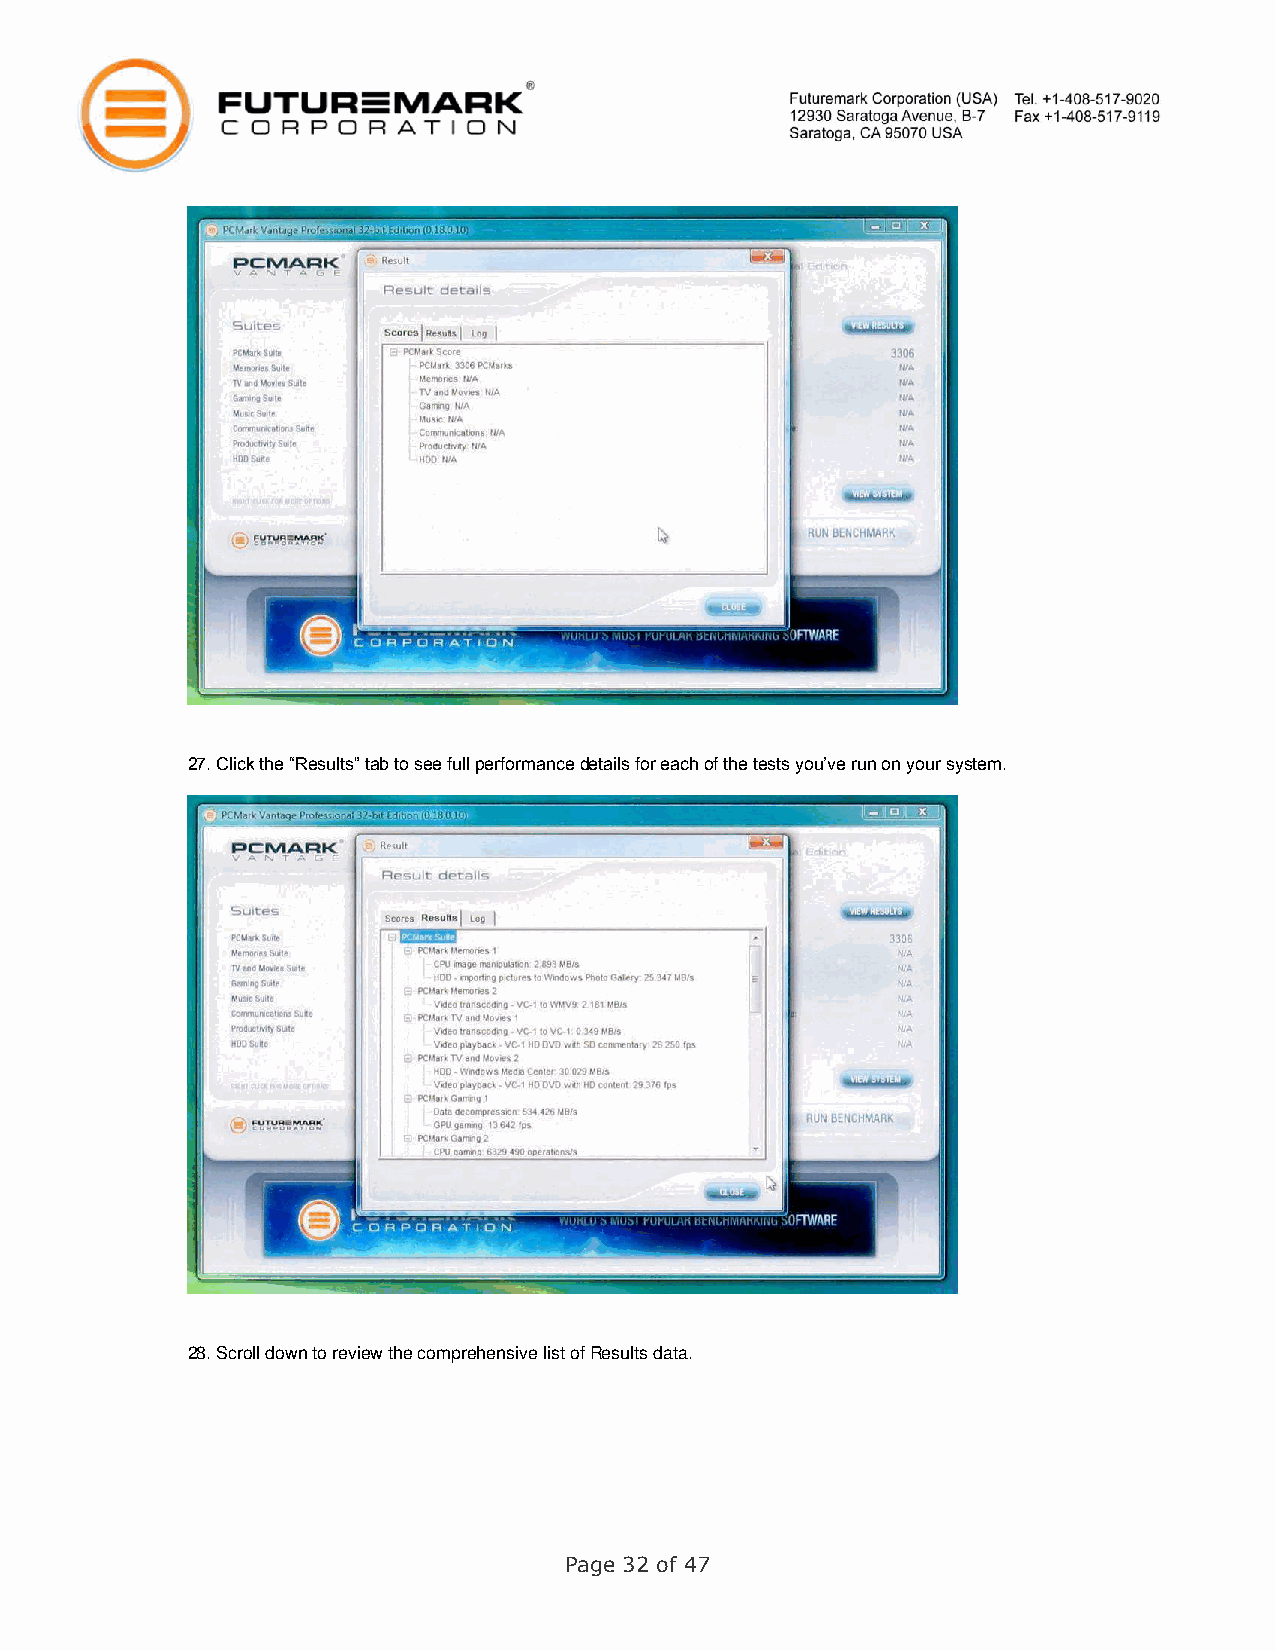
27. Click the “Results” tab to see full performance details for each of the tests you’ve run on your system.
 28. Scroll down to review the comprehensive list of Results data.
 Page 32 of 47